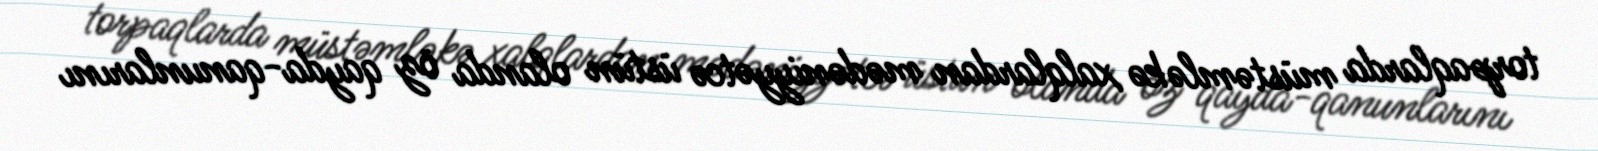
torpaqlarda müstəmləkə xalqlardan mədəniyyətcə üstün olanda öz qayda-qanunlarını